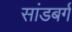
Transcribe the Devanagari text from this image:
सांडबर्ग